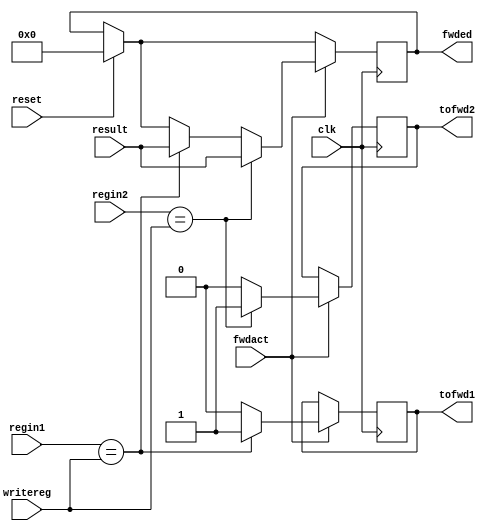
module fwding (
input fwdact,
input [4:0] regin1,
input [4:0] regin2,
input [4:0] writereg,
input [31:0] result,
output reg [31:0] fwded,
output reg tofwd1, // act as a flag if to forward or not
output reg tofwd2, // act as a flag if to forward or not
input clk,
input reset
);
always @(posedge clk)
begin
	if(reset)
	fwded<= 32'd0;
	if(fwdact)
	begin
		if(regin1 == writereg)
		begin
		tofwd1 = 1'b1;
		fwded <= result;
		end
		else 
		tofwd1 = 1'b0;
		if(regin2 == writereg)
		begin
		tofwd2 = 1'b1;
		fwded <= result;
		end
		else 
		tofwd2 = 1'b0;
	end
end
endmodule